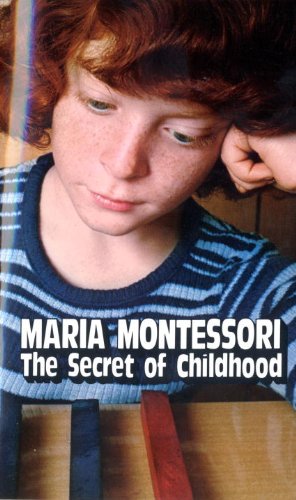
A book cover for Secret of Childhood; Maria Montessori; Politics & Social Sciences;